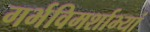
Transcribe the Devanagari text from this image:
गर्भविमर्शाभ्यां